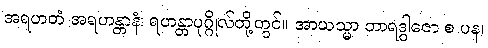
အရဟတံ အရဟန္တာနံ၊ ရဟန္တာပုဂ္ဂိုလ်တို့တွင်။ အာယသ္မာ ဘာရဒွါဇော စ ပန၊